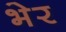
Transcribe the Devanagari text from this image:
भेर